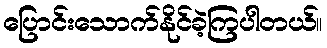
ပြောင်းသောက်နိုင်ခဲ့ကြပါတယ်။